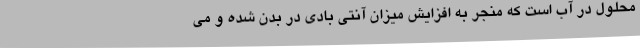
محلول در آب است که منجر به افزایش میزان آنتی بادی در بدن شده و می